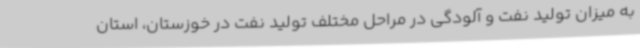
به میزان تولید نفت و آلودگی در مراحل مختلف تولید نفت در خوزستان، استان